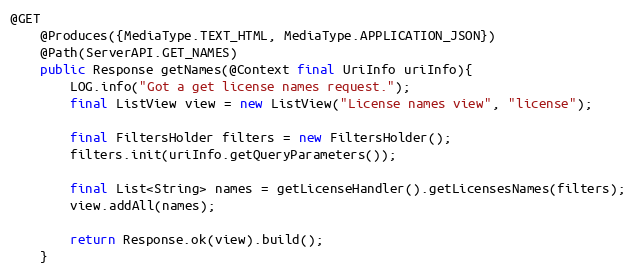
Language: Java
@GET
	@Produces({MediaType.TEXT_HTML, MediaType.APPLICATION_JSON})
	@Path(ServerAPI.GET_NAMES)
	public Response getNames(@Context final UriInfo uriInfo){
		LOG.info("Got a get license names request.");
        final ListView view = new ListView("License names view", "license");

		final FiltersHolder filters = new FiltersHolder();
		filters.init(uriInfo.getQueryParameters());

        final List<String> names = getLicenseHandler().getLicensesNames(filters);
        view.addAll(names);

		return Response.ok(view).build();
	}